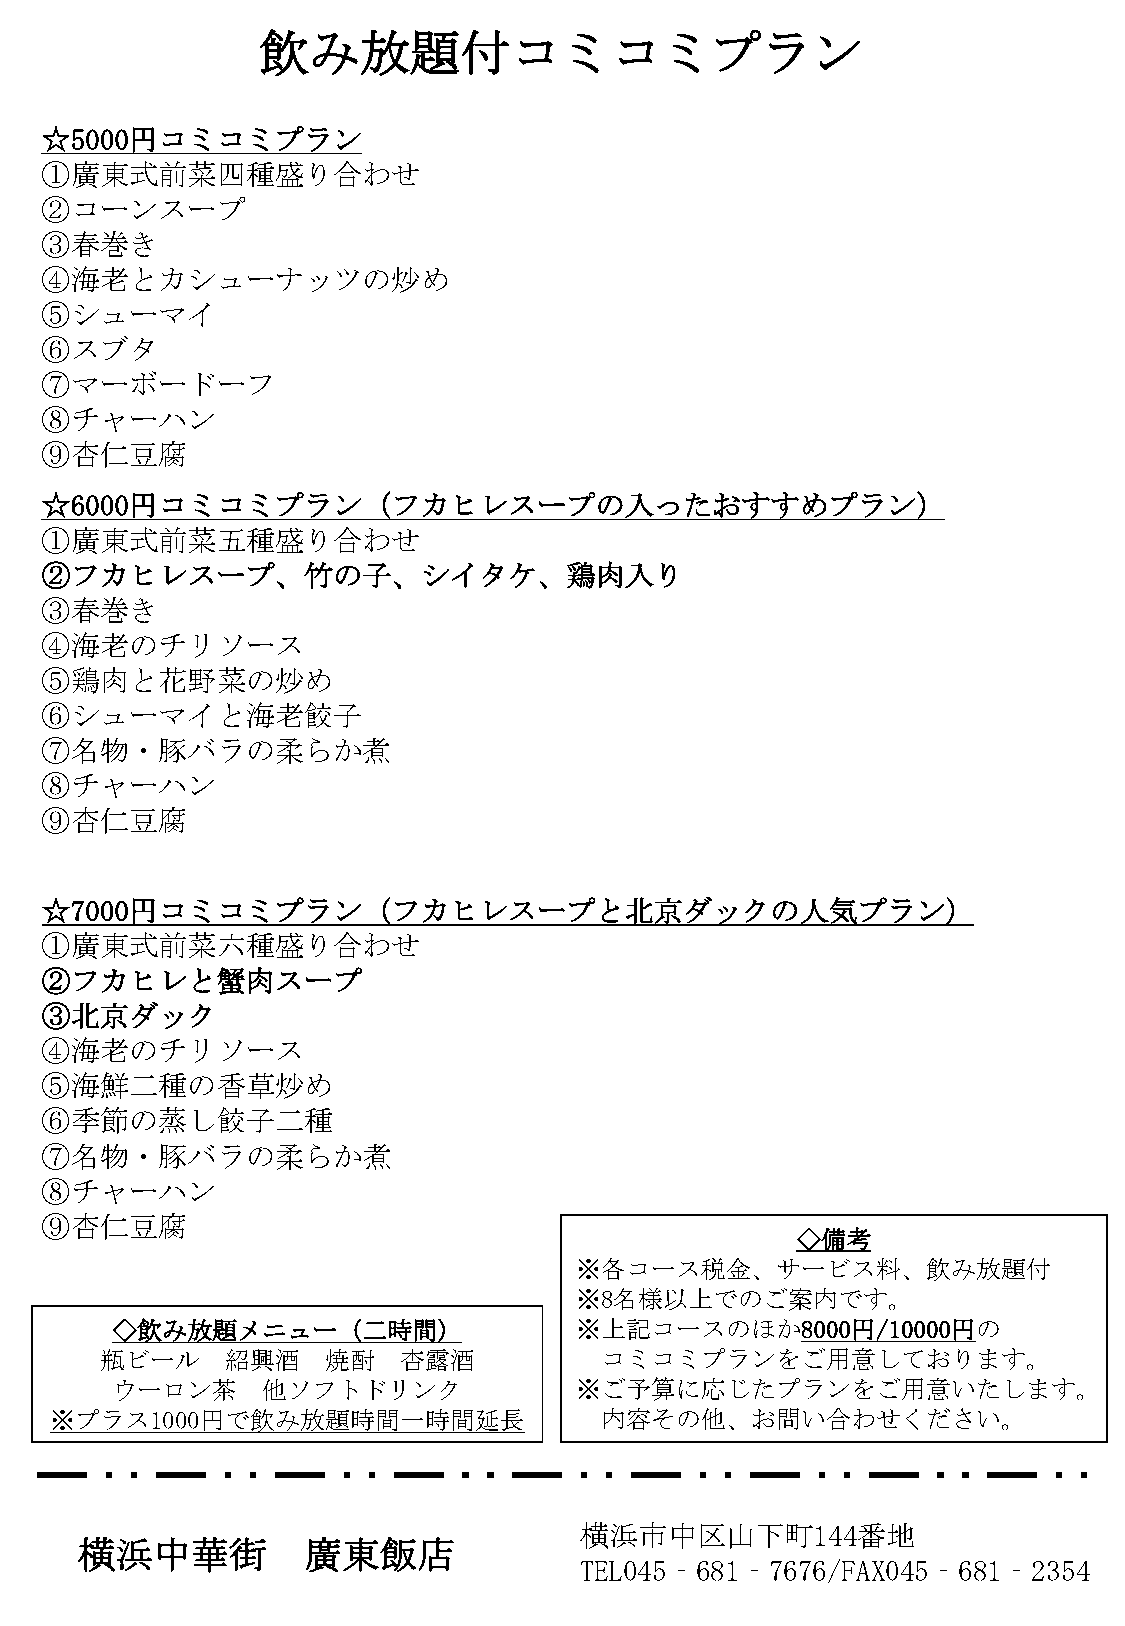
飲み放題付コミコミプラン
 ☆5000円コミコミプラン
 ①廣東式前菜四種盛り合わせ
 ②コーンスープ
 ③春巻き
 ④海老とカシューナッツの炒め
 ⑤シューマイ
 ⑥スブタ
 ⑦マーボードーフ
 ⑧チャーハン
 ⑨杏仁豆腐
 ☆6000円コミコミプラン（フカヒレスープの入ったおすすめプラン）
 ①廣東式前菜五種盛り合わせ
 ②フカヒレスープ、竹の子、シイタケ、鶏肉入り
 ③春巻き
 ④海老のチリソース
 ⑤鶏肉と花野菜の炒め
 ⑥シューマイと海老餃子
 ⑦名物・豚バラの柔らか煮
 ⑧チャーハン
 ⑨杏仁豆腐
 ☆7000円コミコミプラン（フカヒレスープと北京ダックの人気プラン）
 ①廣東式前菜六種盛り合わせ
 ②フカヒレと蟹肉スープ
 ③北京ダック
 ④海老のチリソース
 ⑤海鮮二種の香草炒め
 ⑥季節の蒸し餃子二種
 ⑦名物・豚バラの柔らか煮
 ⑧チャーハン
 ⑨杏仁豆腐
 ◇備考
 ※各コース税金、サービス料、飲み放題付
 ※8名様以上でのご案内です。
 ◇飲み放題メニュー（二時間）                 ※上記コースのほか8000円/10000円の
 瓶ビール    紹興酒    焼酎  杏露酒           コミコミプランをご用意しております。
 ウーロン茶     他ソフトドリンク             ※ご予算に応じたプランをご用意いたします。
 ※プラス1000円で飲み放題時間一時間延長                内容その他、お問い合わせください。
 横浜市中区山下町144番地
 横浜中華街          廣東飯店
 TEL045‐681‐7676/FAX045‐681‐2354